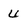
Character: U